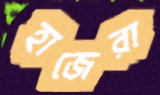
হাজেরা